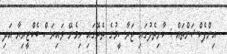
އިންފެކްޝަންތައް : ކާށިތެލުގައި ޖަރާސީމުގެ ތެރޭގައި ހިމެނޭ ވައިރަސް ބެކްޓީރިޔާ އަދި